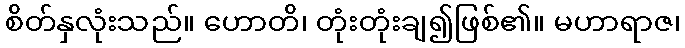
စိတ်နှလုံးသည်။ ဟောတိ၊ တုံးတုံးချ၍ဖြစ်၏။ မဟာရာဇ၊